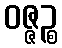
ဝဇ္ဇဉ္စ